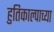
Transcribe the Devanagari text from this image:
हुतिकाल्पाच्या